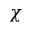
\chi